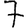
Digit: 7